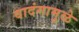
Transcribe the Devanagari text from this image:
वादंगामुळे